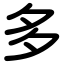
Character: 多